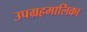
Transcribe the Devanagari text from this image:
उपग्रहमालिका